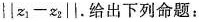
l| z_{ 1 } - x _ { 2 }| |$$。给出下列命题：